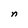
Character: n